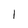
Character: l